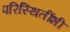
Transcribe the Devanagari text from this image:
परिस्थितींशी